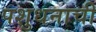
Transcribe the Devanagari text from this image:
पशुधनाची